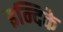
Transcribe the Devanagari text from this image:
इन्दिके